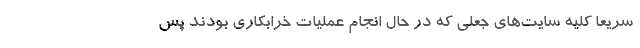
‌ سریعا کلیه سایت‌های جعلی که در حال انجام عملیات خرابکاری بودند پس